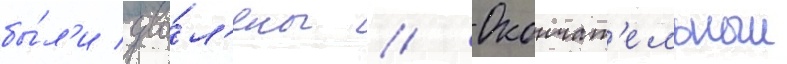
бы́л'и уво́л'ены // Окончат'ельныи